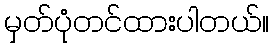
မှတ်ပုံတင်ထားပါတယ်။